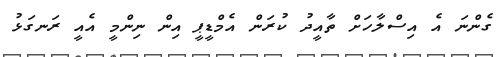
ގެންނަ އެ އިސްލާހަށް ތާއީދު ކުރަން އެމްޑީޕީ އިން ނިންމީ އެއީ ރަނގަޅު